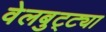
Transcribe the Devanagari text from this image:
वेलबुट्ट्या